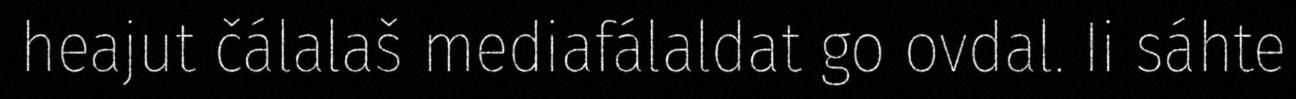
heajut čálalaš mediafálaldat go ovdal. Ii sáhte